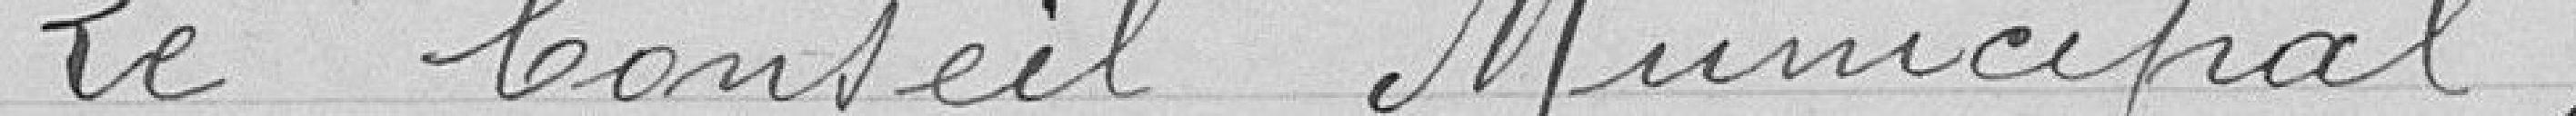
Le Conseil Municipal ,